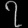
Digit: ၇